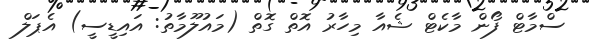
ސްމާޓް ފޯން މާކެޓް ޝެއާ މިހާރު އޮތް ގޮތް (މައުލޫމާތު: އައިޑީސީ) އެޕަލް